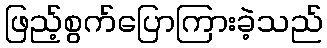
ဖြည့်စွက်ပြောကြားခဲ့သည်